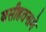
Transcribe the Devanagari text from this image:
वसीहतनामे